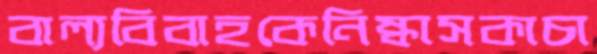
বাল্যবিবাহকেনিষ্কাসকাচা